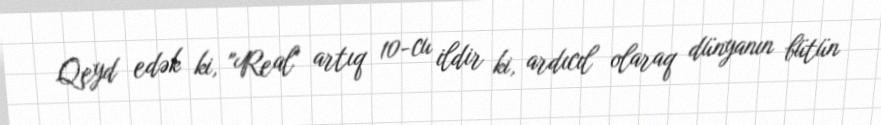
Qeyd edək ki, "Real" artıq 10-cu ildir ki, ardıcıl olaraq dünyanın bütün